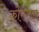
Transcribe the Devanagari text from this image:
कोरंगल